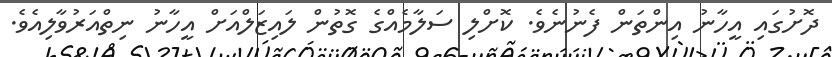
ދޮށުގައި އީހާނު އިންތަން ފެނުނެވެ. ކޮށްލި ސަލާމެއްގެ ގޮތުން ލައިޒަލްއަށް އީހާނު ނިތްއަރުވާލިއެވެ.